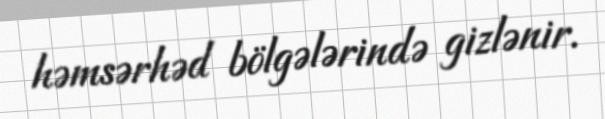
həmsərhəd bölgələrində gizlənir.